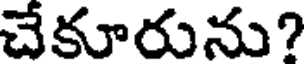
చేకూరును?